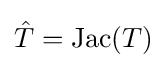
{\hat {T}}=\mathrm {Jac} (T)